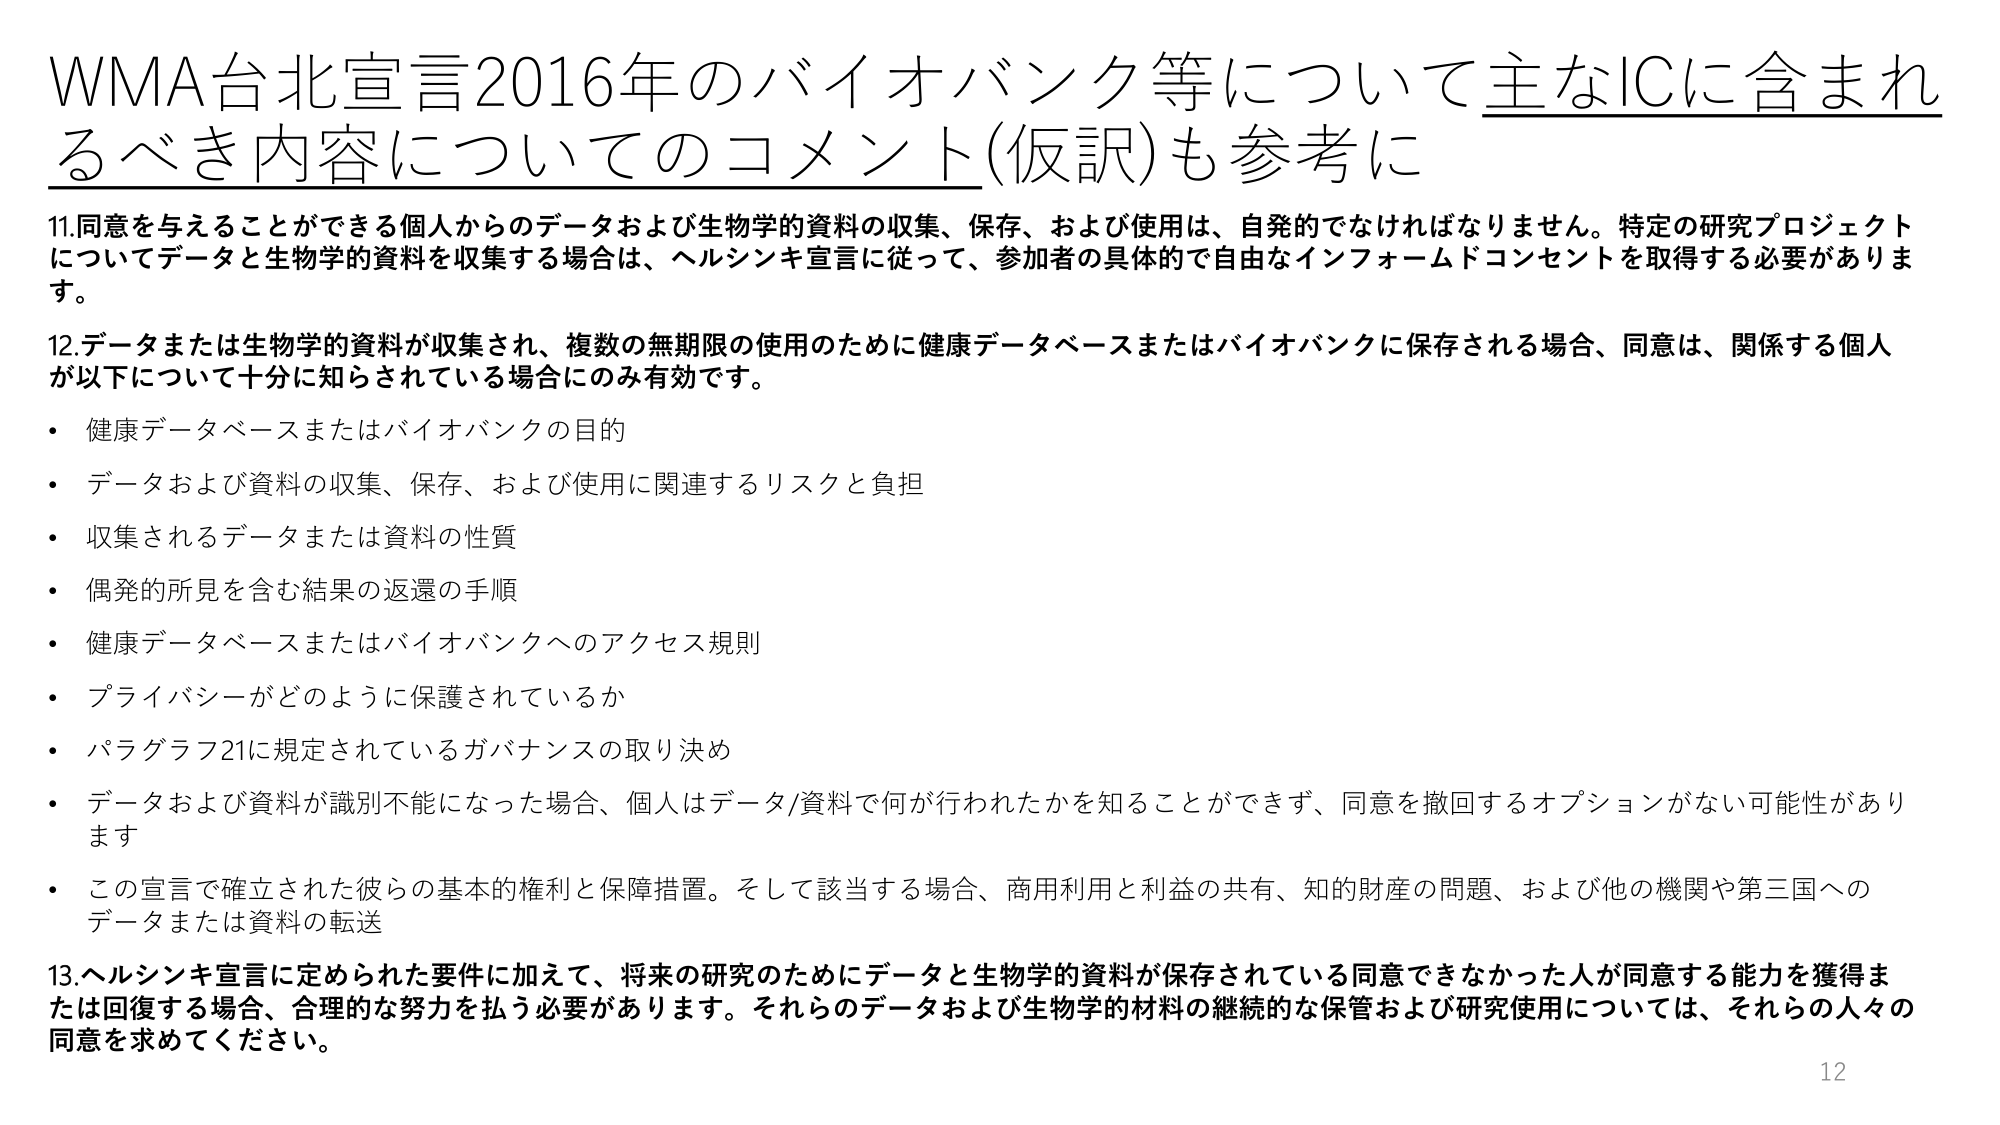
WMA台北宣言2016年のバイオバンク等について主なICに含まれるべき内容についてのコメント(仮訳)も参考に

11.同意を与えることができる個人からのデータおよび生物学的資料の収集、保存、および使用は、自発的でなければなりません。特定の研究プロジェクトについてデータと生物学的資料を収集する場合は、ヘルシンキ宣言に従って、参加者の具体的で自由なインフォームドコンセントを取得する必要があります。

12.データまたは生物学的資料が収集され、複数の無期限の使用のために健康データベースまたはバイオバンクに保存される場合、同意は、関係する個人が以下について十分に知られている場合にのみ有効です。
・健康データベースまたはバイオバンクの目的
・データおよび資料の収集、保存、および使用に関連するリスクと負担
・収集されるデータまたは資料の性質
・偶発的所見を含む結果の返還の手順
・健康データベースまたはバイオバンクへのアクセス規則
・プライバシーがどのように保護されているか
・パラグラフ21に規定されているガバナンスの取り決め
・データおよび資料が識別不能になった場合、個人はデータ/資料で何が行われたかを知ることができず、同意を撤回するオプションがない可能性があります
・この宣言で確立された彼らの基本的権利と保障措置。そして該当する場合、商用利用と利益の共有、知的財産の問題、および他の機関や第三国へのデータまたは資料の転送

13.ヘルシンキ宣言に定められた要件に加えて、将来の研究のためにデータと生物学的資料が保存されている同意できなかった人が同意する能力を獲得または回復する場合、合理的な努力を払う必要があります。それらのデータおよび生物学的材料の継続的な保管および研究使用については、それらの人々の同意を求めてください。

12